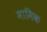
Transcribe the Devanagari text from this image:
मामिक